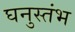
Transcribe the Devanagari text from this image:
घनुस्तंभ